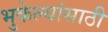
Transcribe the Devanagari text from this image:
भुकेल्यांसाठी